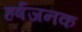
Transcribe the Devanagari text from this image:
हर्षजनक